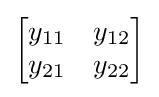
{\begin{bmatrix}y_{11}&y_{12}\\y_{21}&y_{22}\end{bmatrix}}